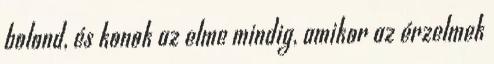
bolond, és konok az elme mindig, amikor az érzelmek